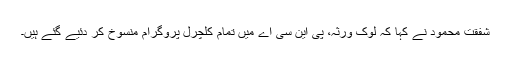
شفقت محمود نے کہا کہ لوک ورثہ، پی این سی اے میں تمام کلچرل پروگرام منسوخ کر دئیے گئے ہیں۔